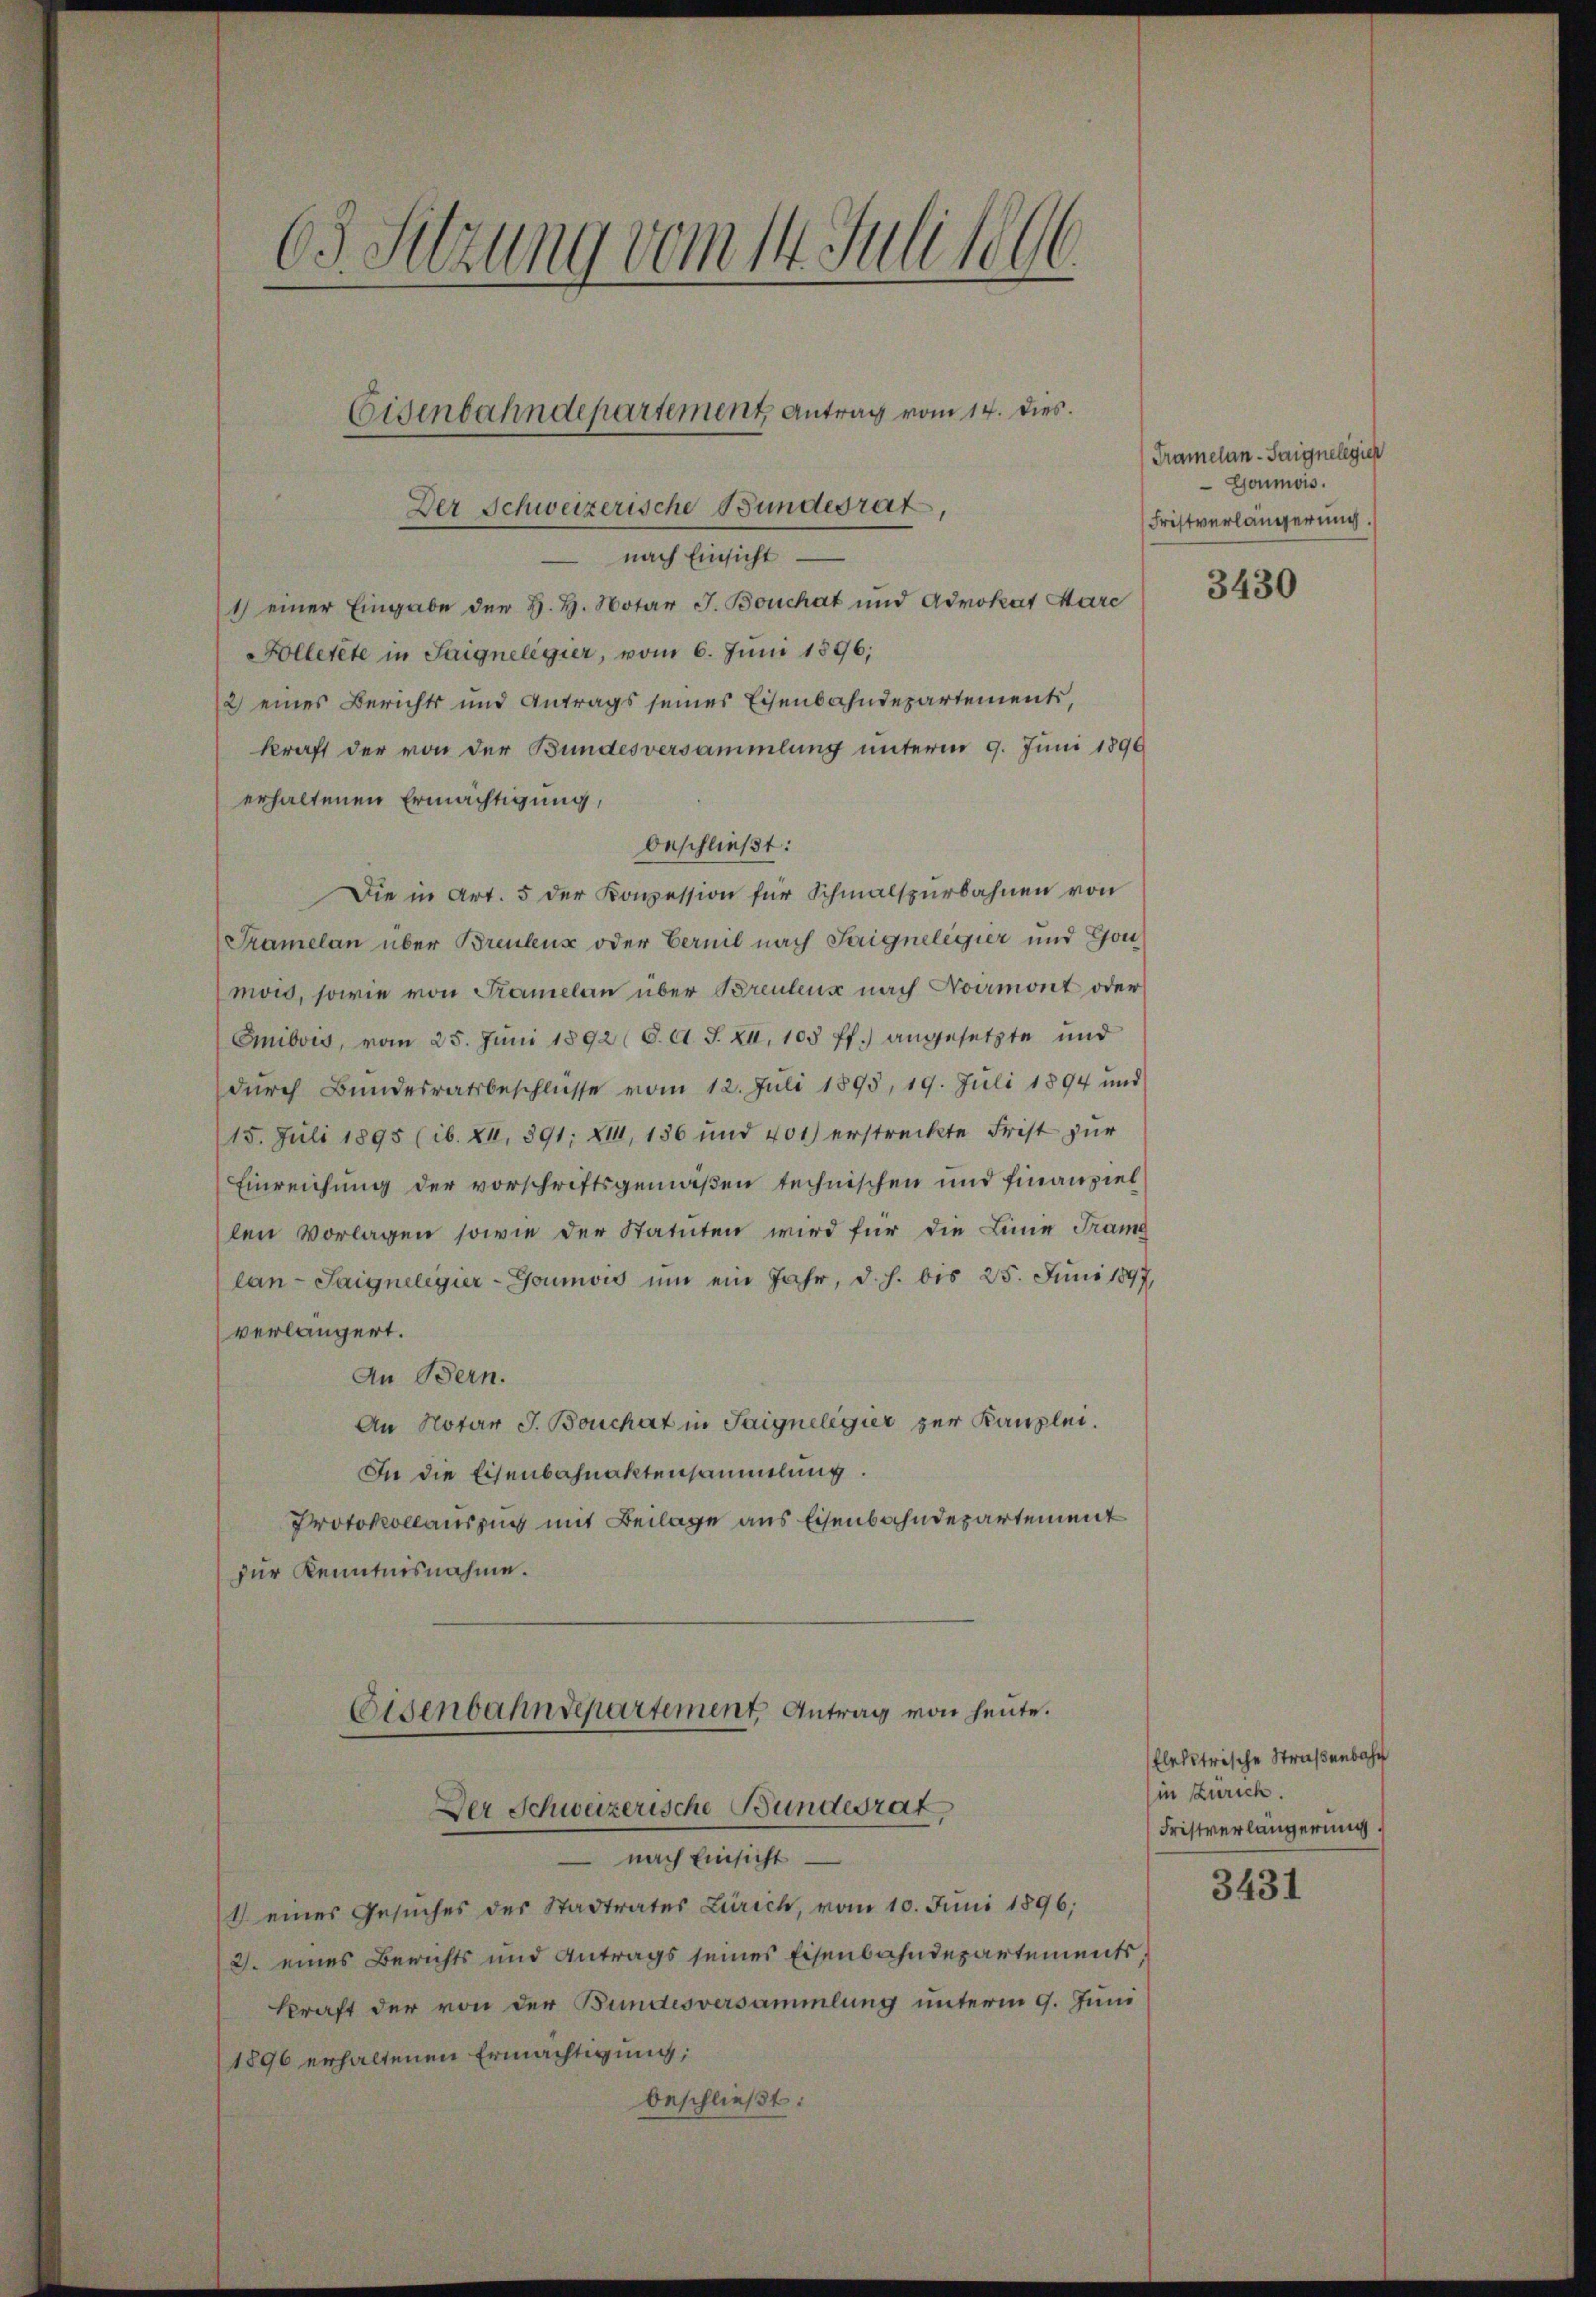
Der Schweizerische Bundesrat
 nach Einsicht
1) einer Eingabe der H. H. Notar J. Bouchat und Advokat Pare
Folletete in Saignelegier, vom 6. Juni 1896;
2) eines Berichts und Antrags seines Eisenbahndepartement,
kraft der von der Bundesversammlung unterm 9. Juni 1890
erhaltenen Ermächtigung,
beschließt:
Die in Art. 5 der Konzession für Schmalspurbahnen von
Pramelan über Breuleur oder Vernil nach Saigneligier und Gou
mois, sowie von Tramelan über Breuleux nach Noumont oder
Emibois, vom 25. Juni 1892 (O. d. J. XI. 105 ff.) angesetzte und
dŭrch Bŭndesratsbeschlüsse vom 12. Juli 1895, 19. Juli 1894 und
15. Juli 1895 (ib. XI, 391; XIII, 136 und 401) erstreckte Frist zur
Einreichung der vorschriftsgemäßen technischen und finanziel
len Vorlagen sowie der Statuten wird für die Linie Trame
lan-Saignelegier-Goumois um ein Jahr, d. h. bis 25. Juni 1897
verlängert.
An Bern.
An Notar J. Bouchat in Saignelegier zur Kanzlei.
In die Eisenbahnaktensammlung.
Protokollauszug mit Beilage aus Eisenbahndepartement
zur Kenntnisnahme.
Eisenbahndepartement Antrag von heute.

63. Sitzung vom 14. Juli 1806.

Eisenbahndepartement Antrag vom 14. dies.

nach Einsicht
 eines Gesŭches der Stadtrates Zürich, vom 10. Juni 1896;
2. eines Berichts und Antrags seines Eisenbahndepartements,
kraft der von der Bundesversammlung unterm 9. Juni
1896 erhaltenen Ermächtigung;
beschließt:

Der Schweizerische Bundesrat

Tramelan-Saignelegier
Goumois.
Fristverlängerung.

3430

flektrische Straßenbahn
(in Zürich.
Fristverlängerung.

3431